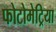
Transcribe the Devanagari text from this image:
फोटोमेट्रिया